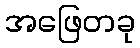
အဖြေတခု